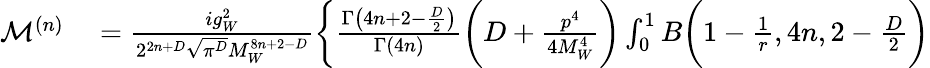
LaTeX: \begin{array}{rl}{\mathcal{M}^{(n)}}&{{}=\frac{ig_{W}^{2}}{2^{2n+D}\sqrt{\pi^{D}}M_{W}^{8n+2-D}}\bigg\{ \frac{\Gamma\big(4n+2-\frac{D}{2}\big)}{\Gamma(4n)}\bigg(D+\frac{p^{4}}{4M_{W}^{4}}\bigg)\int_{0}^{1}B\bigg(1-\frac{1}{r},4n,2-\frac{D}{2}\bigg)}\end{array}